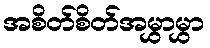
အစိတ်စိတ်အမွှာမွှာ